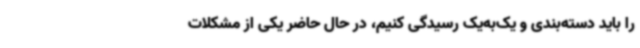
را باید دسته‌بندی و یک‌به‌یک رسیدگی کنیم، در حال حاضر یکی از مشکلات